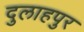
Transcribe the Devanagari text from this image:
दुलाहपुर